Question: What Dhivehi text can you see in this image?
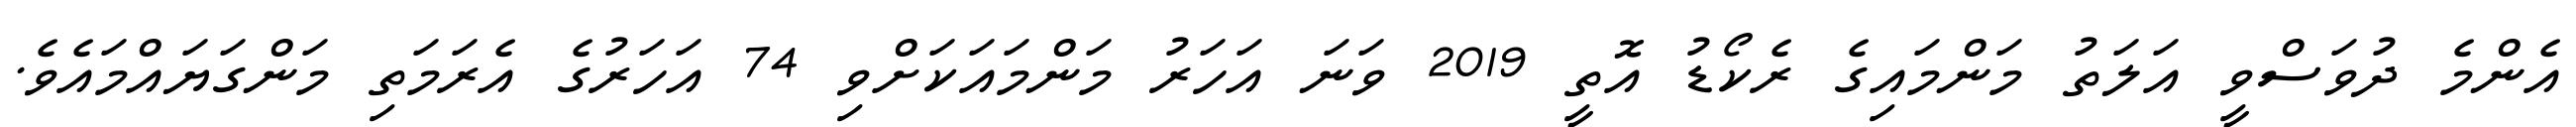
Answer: އެންމެ ދުވަސްވީ އަލަތު މަންމައިގެ ރެކޯޑު އޮތީ 2019 ވަނަ އަހަރު މަންމައަކަށްވި 74 އަހަރުގެ އެރަމަތި މަންގަޔައްމައެވެ.